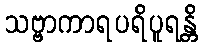
သဗ္ဗာကာရပရိပူရန္တိ